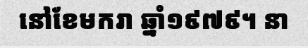
នៅខែមករា ឆ្នាំ១៩៧៩។ នា